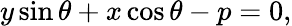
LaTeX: y\sin\theta+x\cos\theta-p=0,